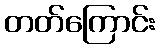
တတ်ကြောင်း